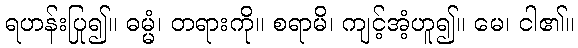
ရဟန်းပြု၍။ ဓမ္မံ၊ တရားကို။ စရာမိ၊ ကျင့်အံ့ဟူ၍။ မေ၊ ငါ၏။